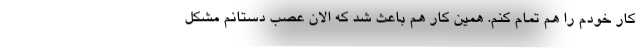
کار خودم را هم تمام کنم. همین کار هم باعث شد که الان عصب دستانم مشکل